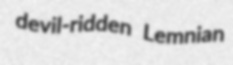
devil-ridden Lemnian